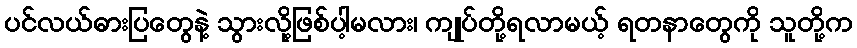
ပင်လယ်ဓားပြတွေနဲ့ သွားလို့ဖြစ်ပါ့မလား၊ ကျုပ်တို့ရလာမယ့် ရတနာတွေကို သူတို့က